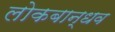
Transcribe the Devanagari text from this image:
लोकबान्धव